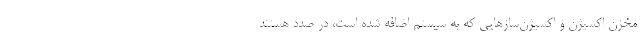
مخزن اکسیژن و اکسیژن‌سازهایی که به سیستم اضافه شده است، در صدد هستند